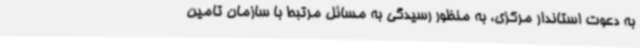
به دعوت استاندار مرکزی، به منظور رسیدگی به مسائل مرتبط با سازمان تامین